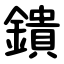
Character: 鐀